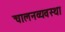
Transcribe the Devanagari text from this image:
चालनव्यवस्था